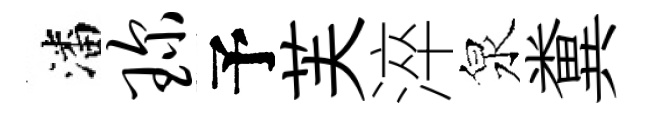
潘琛予芙淬泉糞